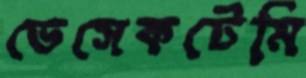
ভেসেকটেমি